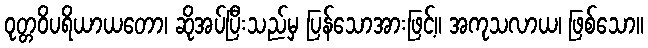
ဝုတ္တဝိပရိယာယတော၊ ဆိုအပ်ပြီးသည်မှ ပြန်သောအားဖြင့်။ အကုသလာယ၊ ဖြစ်သော။